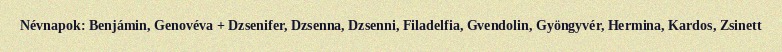
Névnapok: Benjámin, Genovéva + Dzsenifer, Dzsenna, Dzsenni, Filadelfia, Gvendolin, Gyöngyvér, Hermina, Kardos, Zsinett